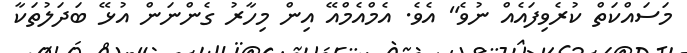
މަސައްކަތް ކުރެވިފައެއް ނުވެ" އެވެ. އެމްއެމްއޭ އިން މިހާރު ގެންނަން އުޅޭ ބަދަލުތަކާ